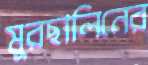
মুরছালিনের